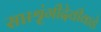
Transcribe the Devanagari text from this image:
सप्तश्रृंगीदेवीकडे